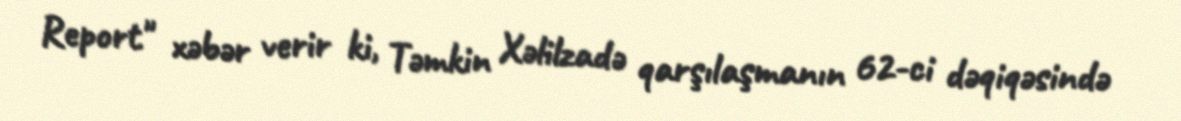
Report" xəbər verir ki, Təmkin Xəlilzadə qarşılaşmanın 62-ci dəqiqəsində